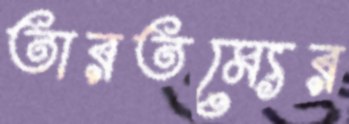
তারতম্যের